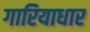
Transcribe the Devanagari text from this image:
गारियाधार